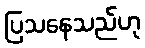
ပြသနေသည်ဟု